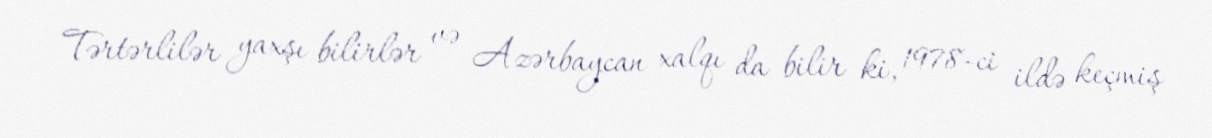
Tərtərlilər yaxşı bilirlər və Azərbaycan xalqı da bilir ki, 1978-ci ildə keçmiş